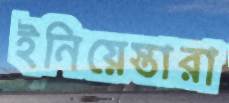
ইনিয়েস্তারা